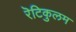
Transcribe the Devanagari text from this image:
रॆटिकुलम